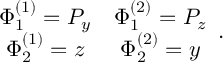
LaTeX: \begin{array} { c c } { { \Phi _ { 1 } ^ { ( 1 ) } = P _ { y } } } & { { \Phi _ { 1 } ^ { ( 2 ) } = P _ { z } } } \\ { { \Phi _ { 2 } ^ { ( 1 ) } = z } } & { { \Phi _ { 2 } ^ { ( 2 ) } = y } } \end{array} .